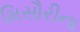
મિસૌરીના